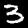
Label: 3